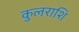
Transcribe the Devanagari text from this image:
कुलराशि